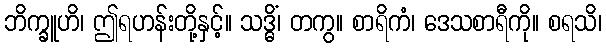
ဘိက္ခူဟိ၊ ဤရဟန်းတို့နှင့်။ သဒ္ဓိံ၊ တကွ။ စာရိကံ၊ ဒေသစာရီကို။ စရသိ၊